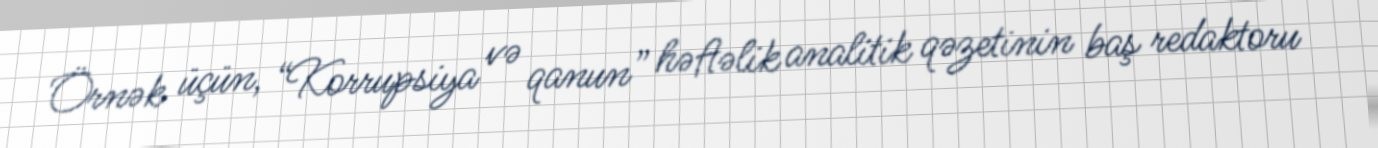
Örnək üçün, “Korrupsiya və qanun” həftəlik analitik qəzetinin baş redaktoru